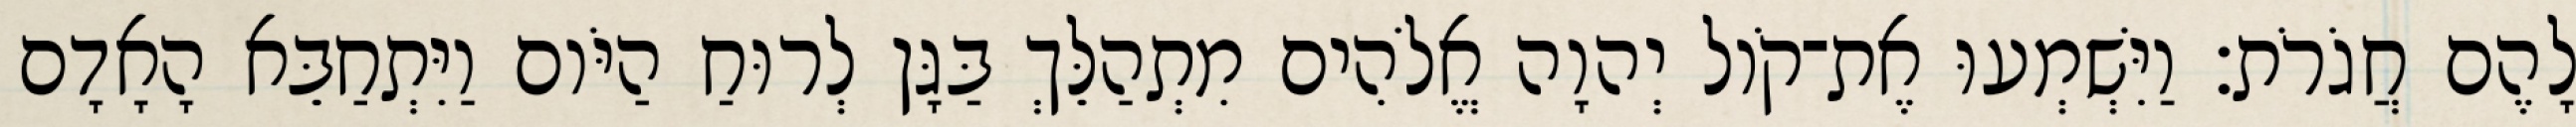
לָהֶם חֲגֹרֹת׃ וַיִּשְׁמְעוּ אֶת־קֹול יְהוָה אֱלֹהִים מִתְהַלֵּךְ בַּגָּן לְרוּחַ הַיֹּום וַיִּתְחַבֵּא הָאָדָם